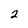
Character: 2